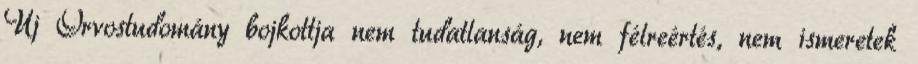
Új Orvostudomány bojkottja nem tudatlanság, nem félreértés, nem ismeretek